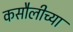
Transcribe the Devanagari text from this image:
कसौलीच्या